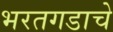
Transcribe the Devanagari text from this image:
भरतगडाचे